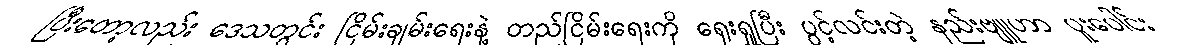
ပြီးတော့လည်း ဒေသတွင်း ငြိမ်းချမ်းရေးနဲ့ တည်ငြိမ်းရေးကို ရှေးရှုပြီး ပွင့်လင်းတဲ့ နည်းဗျူဟာ ပူးပေါင်း